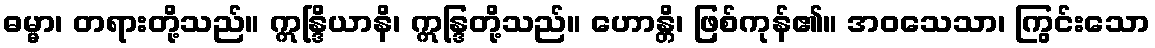
ဓမ္မာ၊ တရားတို့သည်။ ဣန္ဒြိယာနိ၊ ဣန္ဒြတို့သည်။ ဟောန္တိ၊ ဖြစ်ကုန်၏။ အဝသေသာ၊ ကြွင်းသော